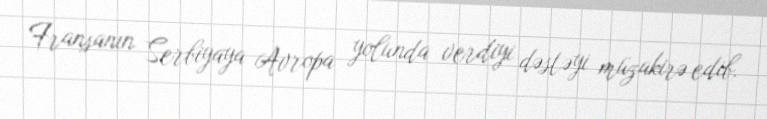
Fransanın Serbiyaya Avropa yolunda verdiyi dəstəyi müzakirə edib.